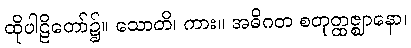
ထိုပါဠိတော်၌။ သောတိ၊ ကား။ အဓိဂတ စတုတ္ထဇ္ဈာနော၊